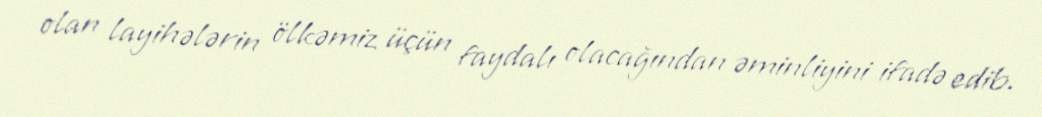
olan layihələrin ölkəmiz üçün faydalı olacağından əminliyini ifadə edib.